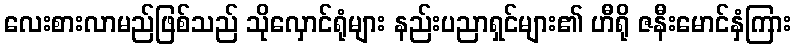
လေးစားလာမည်ဖြစ်သည် သိုလှောင်ရုံများ နည်းပညာရှင်များ၏ ဟီရို ဇနီးမောင်နှံကြား